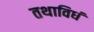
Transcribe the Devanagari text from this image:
तथाविधं